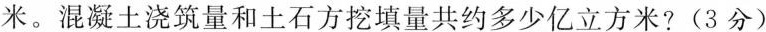
米。混凝土浇筑量和土石方挖填量共约多少亿立方米?(3分)